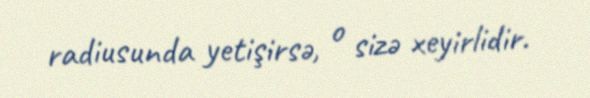
radiusunda yetişirsə, o sizə xeyirlidir.